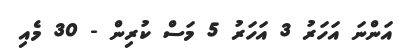
އަންނަ އަހަރު 3 އަހަރު 5 މަސް ކުރިން - 30 މެއި